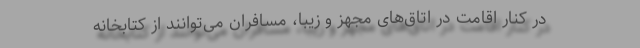
در کنار اقامت در اتاق‌های مجهز و زیبا، مسافران می‌توانند از کتابخانه